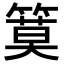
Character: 𥱹